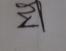
Signature authenticity: genuine